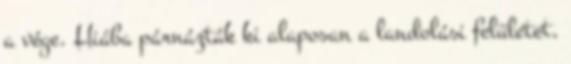
a vége. Hiába párnázták ki alaposan a landolási felületet,